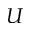
U